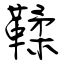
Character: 鞣